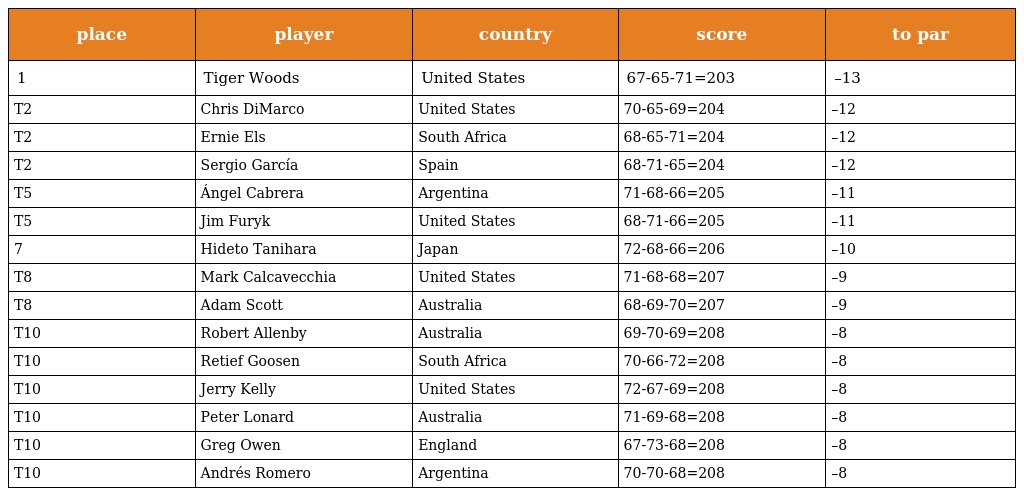
| place | player | country | score | to par |
 | --- | --- | --- | --- | --- |
 | 1 | Tiger Woods | United States | 67-65-71=203 | –13 |
 | T2 | Chris DiMarco | United States | 70-65-69=204 | –12 |
 | T2 | Ernie Els | South Africa | 68-65-71=204 | –12 |
 | T2 | Sergio García | Spain | 68-71-65=204 | –12 |
 | T5 | Ángel Cabrera | Argentina | 71-68-66=205 | –11 |
 | T5 | Jim Furyk | United States | 68-71-66=205 | –11 |
 | 7 | Hideto Tanihara | Japan | 72-68-66=206 | –10 |
 | T8 | Mark Calcavecchia | United States | 71-68-68=207 | –9 |
 | T8 | Adam Scott | Australia | 68-69-70=207 | –9 |
 | T10 | Robert Allenby | Australia | 69-70-69=208 | –8 |
 | T10 | Retief Goosen | South Africa | 70-66-72=208 | –8 |
 | T10 | Jerry Kelly | United States | 72-67-69=208 | –8 |
 | T10 | Peter Lonard | Australia | 71-69-68=208 | –8 |
 | T10 | Greg Owen | England | 67-73-68=208 | –8 |
 | T10 | Andrés Romero | Argentina | 70-70-68=208 | –8 |